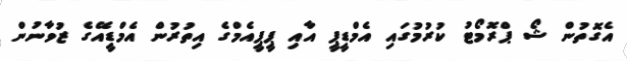
އެގޮތުން ޝޯ ޕްރޮމޯޓު ކުރުމުގައި އެމްޑީޕީ އާއި ޕީޕީއެމްގެ އިތުރުން އެމްޑީއޭގެ ޒުވާނުން